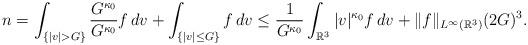
LaTeX: \begin{align*}n=\int_{\{|v|>G\}}\frac{G^{\kappa_0}}{G^{\kappa_0}}f\,dv+\int_{\{|v|\leq G\}}f\,dv\leq \frac{1}{G^{\kappa_0}}\int_{\mathbb{R}^3}|v|^{\kappa_0}f\,dv+\|f\|_{L^\infty(\mathbb{R}^3)}(2G)^3.\end{align*}